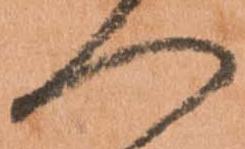
へ